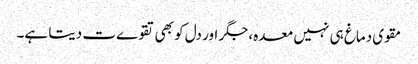
مقوی دماغ ہی نہیں معدہ ،جگر اور دل کو بھی تقوےت دیتا ہے۔